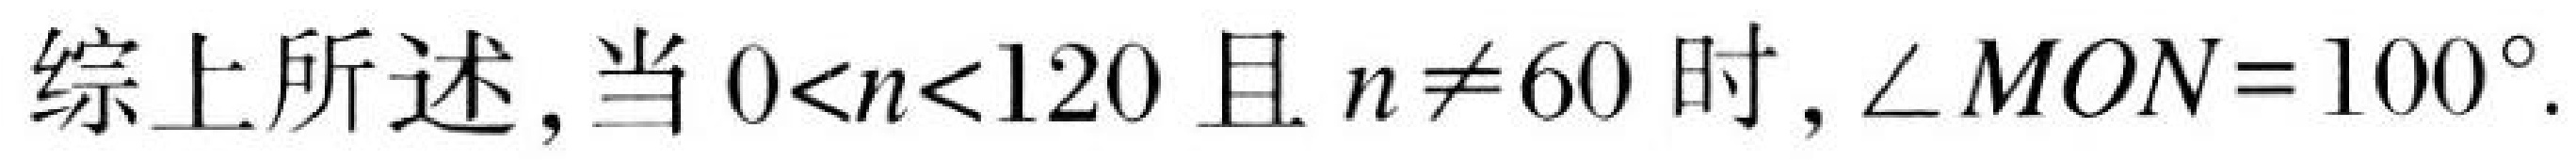
综上所述,当\(0 < n < 120\)且\(n\neq60\)时,\(\angle MON = 100^{\circ}\).